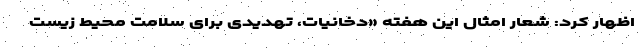
اظهار کرد: شعار امثال این هفته «دخانیات، تهدیدی برای سلامت محیط زیست